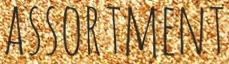
ASSORTMENT